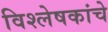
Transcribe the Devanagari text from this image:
विश्लेषकांचे